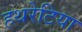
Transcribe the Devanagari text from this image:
हथरेटिया